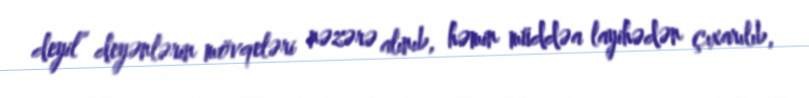
deyil” deyənlərin mövqeləri nəzərə alınıb, həmin müddəa layihədən çıxarılıb,